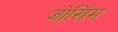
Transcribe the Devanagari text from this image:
जोखिम